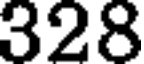
328